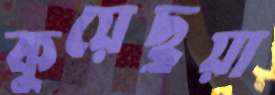
কুয়েছুয়া